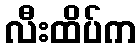
လီးထိပ်က